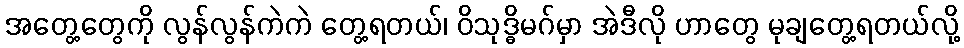
အတွေ့တွေကို လွန်လွန်ကဲကဲ တွေ့ရတယ်၊ ဝိသုဒ္ဓိမဂ်မှာ အဲဒီလို ဟာတွေ မုချတွေ့ရတယ်လို့